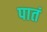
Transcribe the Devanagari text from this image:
पातं